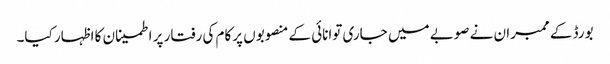
بورڈ کے ممبران نے صوبے میں جاری توانائی کے منصوبوں پرکام کی رفتار پر اطمینان کا اظہار کیا۔